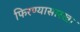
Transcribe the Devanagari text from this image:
फिरण्यासारखा